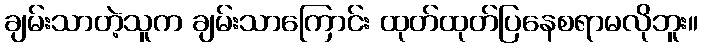
ချမ်းသာတဲ့သူက ချမ်းသာကြောင်း ထုတ်ထုတ်ပြနေစရာမလိုဘူး။